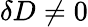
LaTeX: \delta D\neq 0